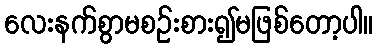
လေးနက်စွာမစဉ်းစား၍မဖြစ်တော့ပါ။